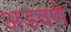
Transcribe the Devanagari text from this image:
अडवणे